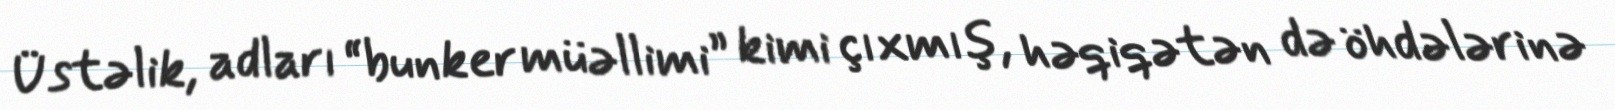
Üstəlik, adları “bunker müəllimi” kimi çıxmış, həqiqətən də öhdələrinə